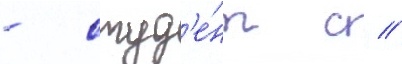
- студ'е́нт с //